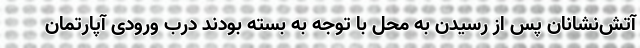
آتش‌نشانان پس از رسیدن به محل با توجه به بسته بودند درب ورودی آپارتمان